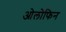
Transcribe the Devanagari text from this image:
ओलोफिन